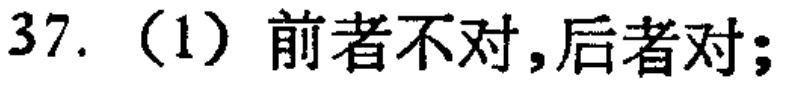
37.（1）前者不对，后者对；